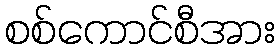
စစ်ကောင်စီအား